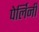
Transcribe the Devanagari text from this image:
पेर्लिनी